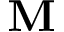
\mathbf { M }